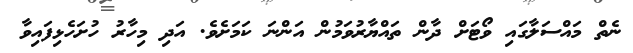
ނެތް މައްސަލާގައި ވޯޓަށް ދާން ތައްޔާރުވަމުން އަންނަ ކަމަށެވެ. އަދި މިހާރު ހުށަހެޅިފައިވާ